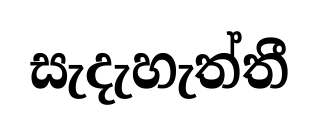
සැදැහැත්තී